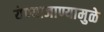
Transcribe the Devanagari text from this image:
येण्याजाण्यामुळे